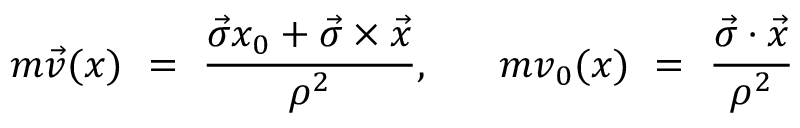
m \vec { v } ( x ) ~ = ~ \frac { \vec { \sigma } x _ { 0 } + \vec { \sigma } \times \vec { x } } { \rho ^ { 2 } } , ~ ~ ~ ~ ~ m v _ { 0 } ( x ) ~ = ~ \frac { \vec { \sigma } \cdot \vec { x } } { \rho ^ { 2 } }